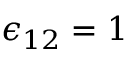
\epsilon _ { 1 2 } = 1